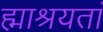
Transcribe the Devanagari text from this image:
ह्माश्रयतां